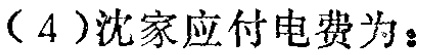
（4）沈家应付电费为：